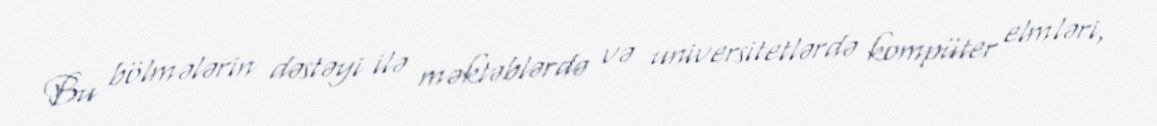
Bu bölmələrin dəstəyi ilə məktəblərdə və universitetlərdə kompüter elmləri,